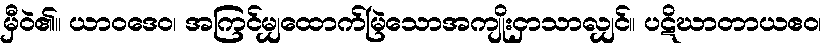
မှီဝဲ၏။ ယာဝဒေဝ၊ အကြင်မျှထောက်မြဲသောအကျိုးငှာသာလျှင်။ ပဋိဃာတာယဧဝ၊